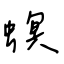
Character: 螟